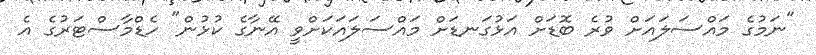
"ނަމުގެ މައްސަލައަށް ވުރެ ބޮޑަށް އަޅުގަނޑަށް މައްސަލައަކަށްވީ އޭނާގެ ކުޅުން" ހެޑްމާސްޓަރުގެ އެ